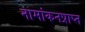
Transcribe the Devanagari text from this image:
नामांकनप्राप्त